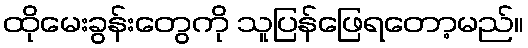
ထိုမေးခွန်းတွေကို သူပြန်ဖြေရတော့မည်။